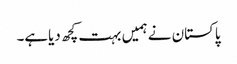
پاکستان نے ہمیں بہت کچھ دیاہے۔